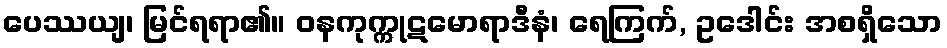
ပေဿယျ၊ မြင်ရရာ၏။ ဝနကုက္ကုဋမောရာဒီနံ၊ ရေကြက်, ဥဒေါင်း အစရှိသော